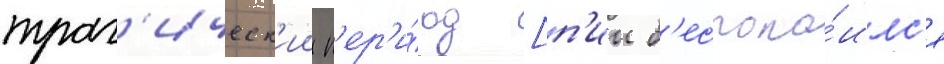
траг'ическ'ии п'ер'и́од [п'ии б'еспоко́илс'я